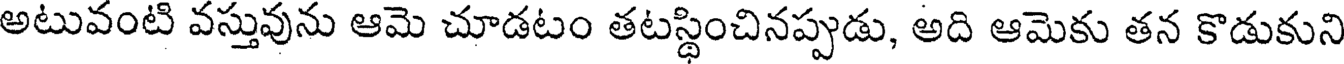
అటువంటి వస్తువును ఆమె చూడటం తటస్థించినప్పుడు, అది ఆమెకు తన కొడుకుని